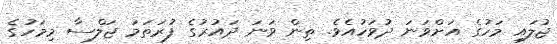
ޖުލައި މަހުގެ އަށްވަނަ ދުވަހުއެވެ. ތިން ވަނަ ދައުރުގެ ފުރަތަމަ ޖަލްސާ މިމަހުގެ